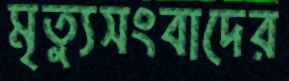
মৃত্যুসংবাদের